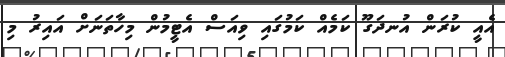
އެއީ ކުރަން އުނދަގޫ ކަމެއް ކަމުގައި ވިއަސް އެޓީމުން މިހާތަނަށް އައިރު މި